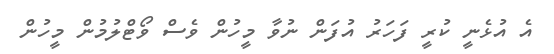
އެ އުޅެނީ ކުރީ ފަހަރު އުފަން ނުވާ މީހުން ވެސް ވޯޓްލުމުން މީހުން